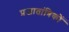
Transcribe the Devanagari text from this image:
प्रजातांत्रिकों